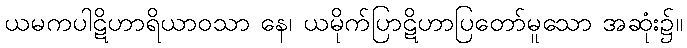
ယမကပါဋိဟာရိယာဝသာ နေ၊ ယမိုက်ပြာဋိဟာပြတော်မူသော အဆုံး၌။